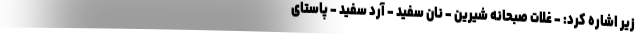
زیر اشاره کرد: - غلات صبحانه شیرین - نان سفید - آرد سفید - پاستای